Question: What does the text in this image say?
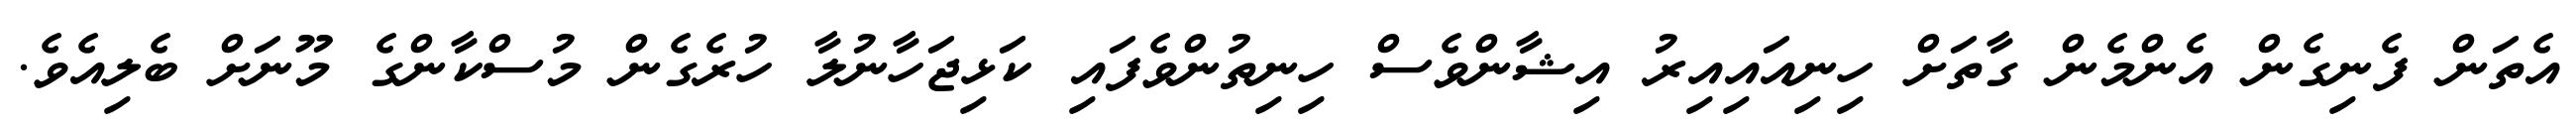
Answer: އެތަން ފެނިގެން އެންމެން ގާތަށް ހިނިއައިއިރު އިޝާންވެސް ހިނިތުންވެފައި ކަޅިޖަހާނުލާ ހުރެގެން މުސްކާންގެ މޫނަށް ބެލިއެވެ.